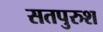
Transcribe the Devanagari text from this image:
सतपुरुश